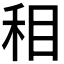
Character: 𰥚